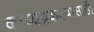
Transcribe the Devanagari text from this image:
काव्यप्रकल्पासाठी